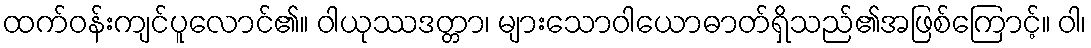
ထက်ဝန်းကျင်ပူလောင်၏။ ဝါယုဿဒတ္တာ၊ များသောဝါယောဓာတ်ရှိသည်၏အဖြစ်ကြောင့်။ ဝါ၊